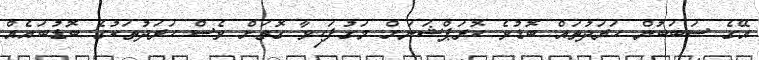
އޭގެ ސަބަބުން ހަރަދުތައް ބޮޑުވެ ކޮރަޕްޝަނަށް މަގުފަހިވާ ގޮތަށް ވެސް ހަރަދުތަކުގެ ބޮޑުބައެއް